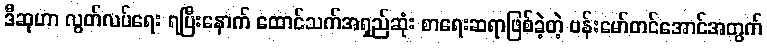
ဒီဆုဟာ လွတ်လပ်ရေး ရပြီးနောက် ထောင်သက်အရှည်ဆုံး စာရေးဆရာဖြစ်ခဲ့တဲ့ ဗန်းမော်တင်အောင်အတွက်